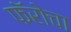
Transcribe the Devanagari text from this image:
फॅरोचा